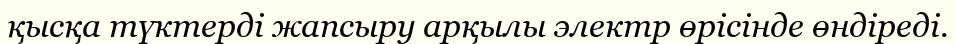
қысқа түктерді жапсыру арқылы электр өрісінде өндіреді.